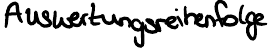
Auswertungsreihenfolge